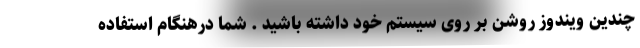
چندین ویندوز روشن بر روی سیستم خود داشته باشید . شما درهنگام استفاده